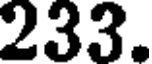
233.